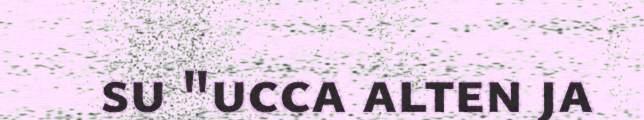
su "ucca alten ja